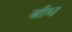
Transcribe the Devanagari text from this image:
बीध